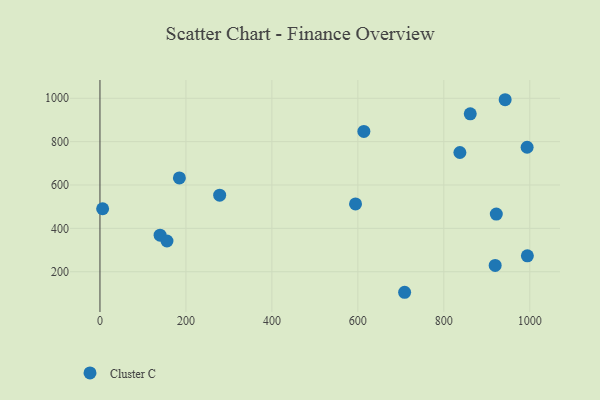
{"axis": {"x": "Distance", "y": "Yield"}, "legend": ["Cluster C"], "data": [{"x": "139.9", "y": 368.4, "type": "Cluster C"}, {"x": "594.6", "y": 512.7, "type": "Cluster C"}, {"x": "994.4", "y": 273.4, "type": "Cluster C"}, {"x": "861.5", "y": 928.4, "type": "Cluster C"}, {"x": "837.4", "y": 750.0, "type": "Cluster C"}, {"x": "922.1", "y": 466.1, "type": "Cluster C"}, {"x": "942.7", "y": 993.3, "type": "Cluster C"}, {"x": "184.8", "y": 632.4, "type": "Cluster C"}, {"x": "919.5", "y": 229.1, "type": "Cluster C"}, {"x": "708.8", "y": 105.2, "type": "Cluster C"}, {"x": "614.0", "y": 847.1, "type": "Cluster C"}, {"x": "278.5", "y": 553.1, "type": "Cluster C"}, {"x": "993.8", "y": 774.2, "type": "Cluster C"}, {"x": "6.2", "y": 490.4, "type": "Cluster C"}, {"x": "155.9", "y": 341.8, "type": "Cluster C"}]}